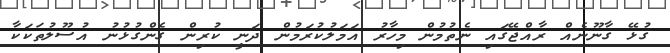
ގުޅޭ ގާނޫނެއް ރާއްޖޭގައި ނެތުމުން މިހާރު އަމަލުކުރަމުން ދަނީ ކުރިން ގެންގުޅުނު އުސޫލުތަކަކާ